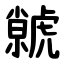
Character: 虩